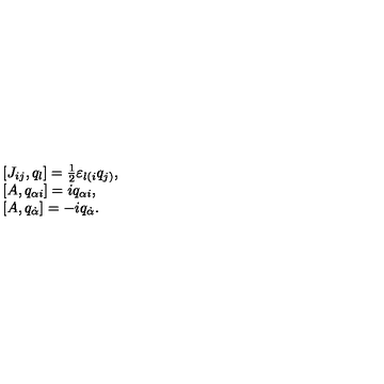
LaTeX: \begin{array} { l } { [ J _ { i j } , q _ { l } ] = \frac { 1 } { 2 } \varepsilon _ { l ( i } q _ { j ) } , } \\ { [ A , q _ { \alpha i } ] = i q _ { \alpha i } , } \\ { [ A , q _ { \dot { \alpha } } ] = - i q _ { \dot { \alpha } } . } \\ \end{array}